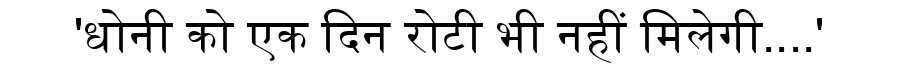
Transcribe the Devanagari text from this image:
'धोनी को एक दिन रोटी भी नहीं मिलेगी....'